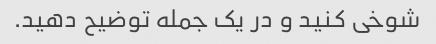
شوخی کنید و در یک جمله توضیح دهید.